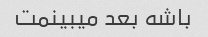
باشه بعد میبینمت